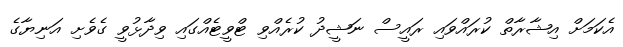
އެކަމަށް އިޝާރާތް ކުރައްވައި ރައީސް ނަޝީދު ކުރެއްވި ޓްވީޓެއްގައި ވިދާޅުވީ ގެވެށި އަނިޔާގެ